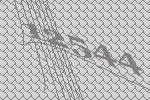
12544